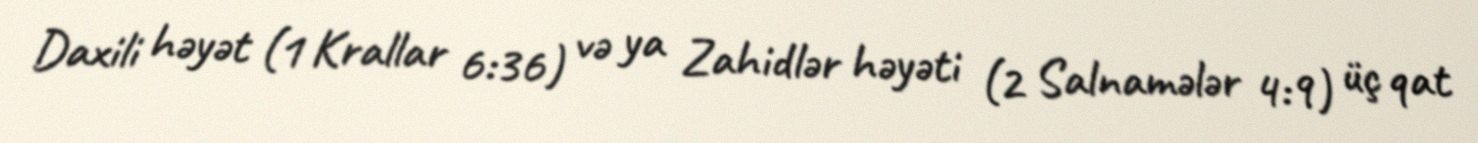
Daxili həyət (1 Krallar 6:36) və ya Zahidlər həyəti (2 Salnamələr 4:9) üç qat